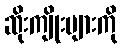
ဆိုးကျိုးများကို